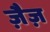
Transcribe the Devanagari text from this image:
ज़ैज़